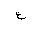
Letter: _ayn